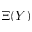
\Xi ( Y )